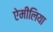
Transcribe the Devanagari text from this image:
ऐमीलिया